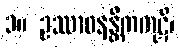
၁။ ဥဿာဝနန္တိကကုဋိ၊